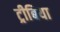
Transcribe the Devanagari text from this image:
ट्रीबिया